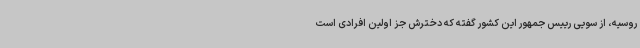
روسیه، از سویی رییس جمهور این کشور گفته که دخترش جز اولین افرادی است